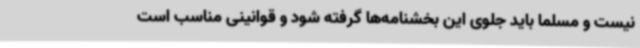
نیست و مسلما باید جلوی این بخشنامه‌ها گرفته شود و قوانینی مناسب است